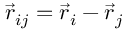
\vec { r } _ { i j } = \vec { r } _ { i } - \vec { r } _ { j }